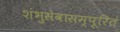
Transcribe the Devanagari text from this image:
शंभुसेवासम्पूरितं